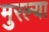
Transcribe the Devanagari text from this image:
मुरल्या